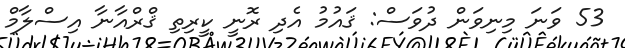
53 ވަނަ މިނިވަން ދުވަސް: ޤައުމު އެދި ރޮނީ ކީރިތި ޤްރްއާނާ އިސްލާމް